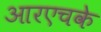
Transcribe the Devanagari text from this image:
आरएचके